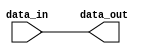
module register(input wire data_in, output reg data_out);

always @ (data_in)
begin
    data_out <= data_in; // store the new value in the register
end

endmodule